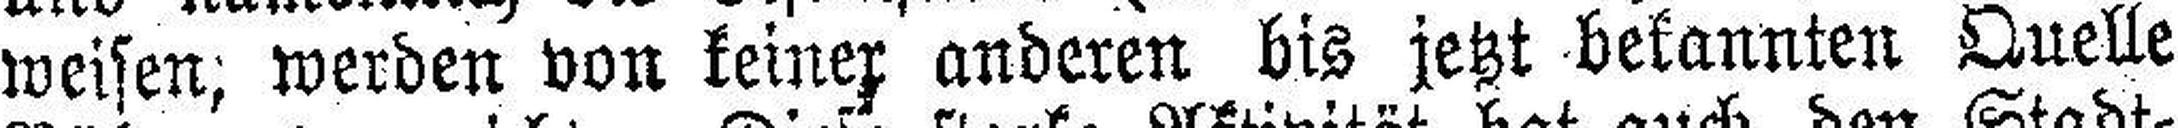
weisen; werden von keinex anderen bis jetzt bekannten Quelle